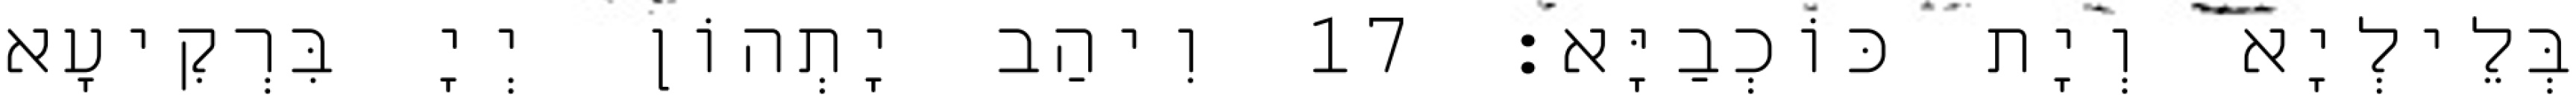
בְּלֵילְיָא וְיָת כּוֹכְבַיָּא׃ 17 וִיהַב יָתְהוֹן יְיָ בִּרְקִיעָא